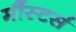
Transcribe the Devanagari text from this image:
मौंस्टर्स